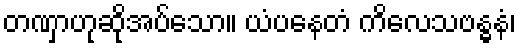
တဏှာဟုဆိုအပ်သော။ ယံပနေတံ ကိလေသဗန္ဓနံ၊